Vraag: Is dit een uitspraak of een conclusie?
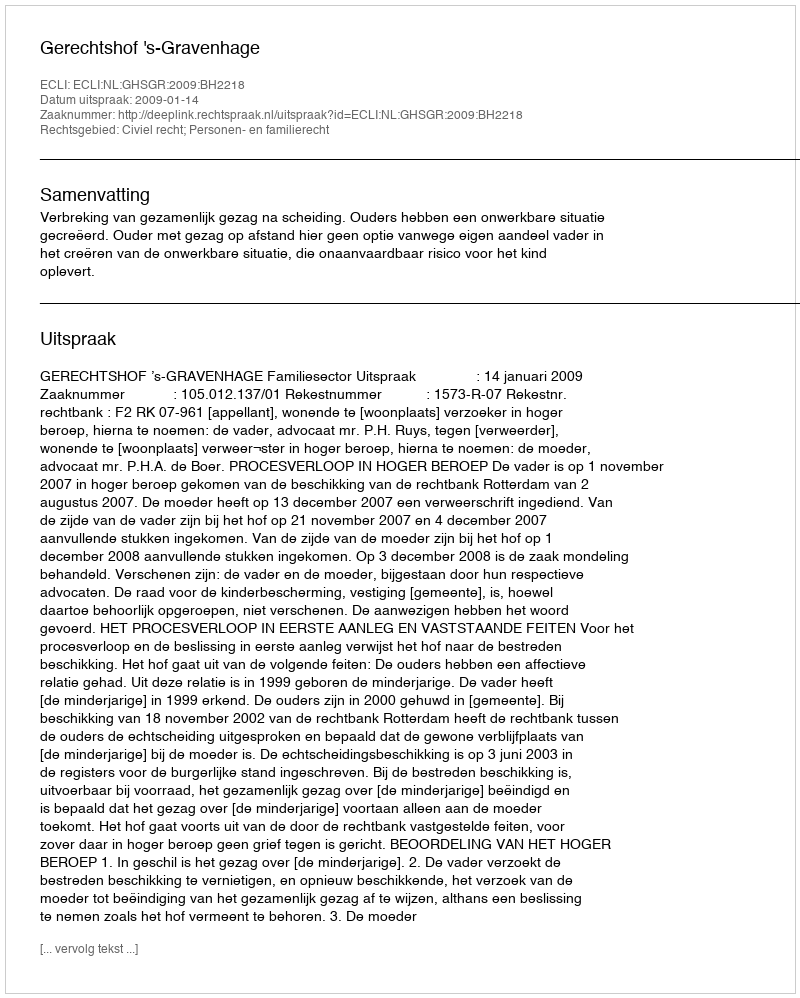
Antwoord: Uitspraak